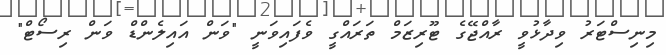
މިނިސްޓަރު ވިދާޅުވީ ރާއްޖޭގެ ޓޫރިޒަމް ތަރަައްގީ ވެފައިވަނީ "ވަން އައިލެންޑް ވަން ރިސޯޓް"